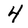
Character: 4